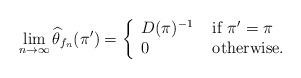
LaTeX: \begin{align*}\lim\limits_{n\to \infty} \widehat{\theta}_{f_n}(\pi')=\left\{ \begin{array}{ll} D(\pi)^{-1} & \mbox{ if } \pi'=\pi \\ 0 & \mbox{ otherwise.} \end{array}\right.\end{align*}